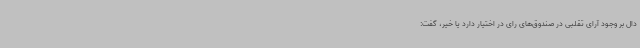
دال بر وجود آرای تقلبی در صندوق‌های رای در اختیار دارد یا خیر، گفت:‌